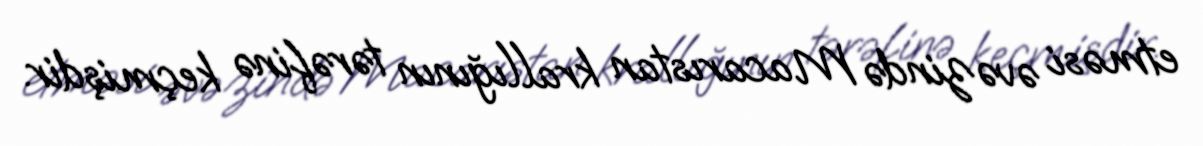
etməsi əvəzində Macarıstan krallığının tərəfinə keçmişdir.